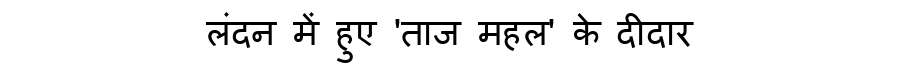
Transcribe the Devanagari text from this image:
लंदन में हुए 'ताज महल' के दीदार